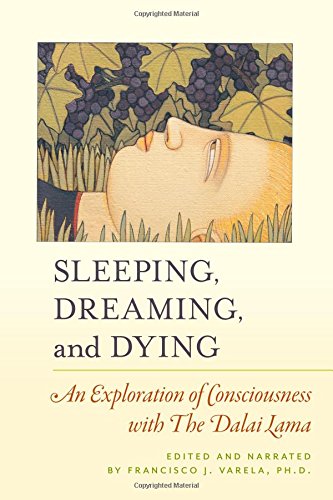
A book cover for Sleeping, Dreaming, and Dying: An Exploration of Consciousness; His Holiness the Dalai Lama; Health, Fitness & Dieting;